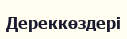
Дереккөздері